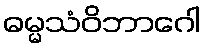
ဓမ္မသံဝိဘာဂေါ